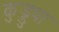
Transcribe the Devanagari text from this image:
कुड्डुपा